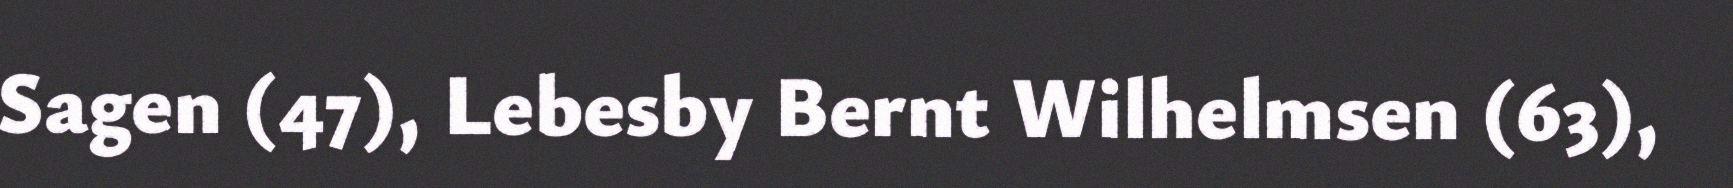
Sagen (47), Lebesby Bernt Wilhelmsen (63),